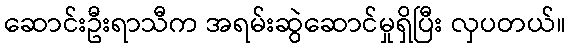
ဆောင်းဦးရာသီက အရမ်းဆွဲဆောင်မှုရှိပြီး လှပတယ်။